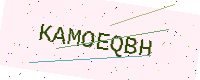
Text: KAMOEQBH